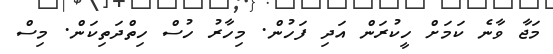
މަޖާ ވާނެ ކަމަށް ހީކުރަން އަދި ފަހުން. މިހާރު ހުސް ހިތްދަތިކަން. މިސް